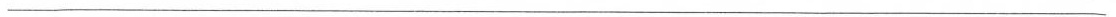
___